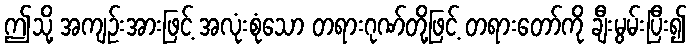
ဤသို့ အကျဉ်းအားဖြင့် အလုံးစုံသော တရားဂုဏ်တို့ဖြင့် တရားတော်ကို ချီးမွမ်းပြီး၍